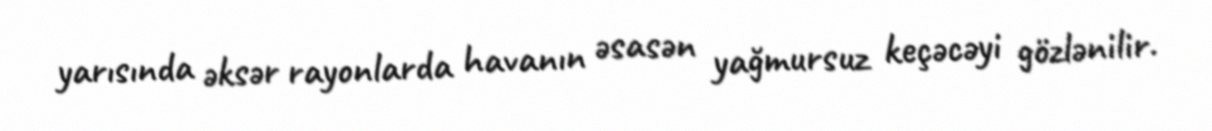
yarısında əksər rayonlarda havanın əsasən yağmursuz keçəcəyi gözlənilir.